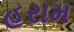
હરામ